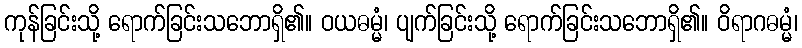
ကုန်ခြင်းသို့ ရောက်ခြင်းသဘောရှိ၏။ ဝယဓမ္မံ၊ ပျက်ခြင်းသို့ ရောက်ခြင်းသဘောရှိ၏။ ဝိရာဂဓမ္မံ၊